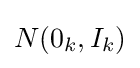
N(0_{k},I_{k})